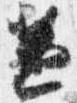
兼